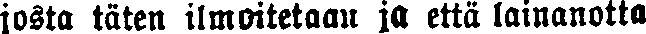
josta täten ilmoitetaan ja että lainanotta